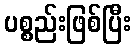
ပစ္စည်းဖြစ်ပြီး